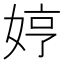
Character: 𫰳